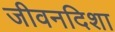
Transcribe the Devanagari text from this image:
जीवनदिशा